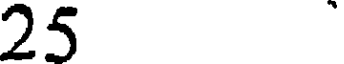
25